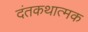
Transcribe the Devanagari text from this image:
दंतकथात्मक